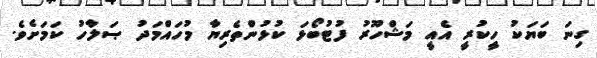
ގިނަ ބަޔަކު ހީކުރީ އެއީ މަޝްހޫރު ފުޓުބޯޅަ ކުޅުންތެރިޔާ މުހައްމަދު ޞަލާހު ކަމަށެވެ.